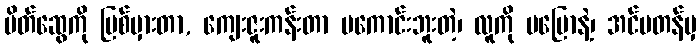
မိတ်ဆွေကို ပြစ်မှားတာ, ကျေးဇူးကန်းတာ မကောင်းဘူးတဲ့၊ လူကို မပြောနဲ့၊ အင်မတန်မှ